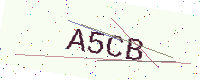
Text: A5CB